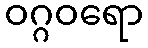
ဝဂ္ဂဝရော